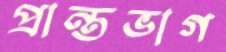
প্রান্তভাগ